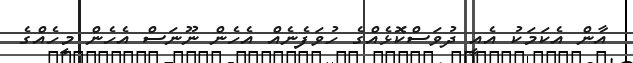
އާން އެކަމަކު އެއީ ދުވަސްކޮޅެއްގެ ހުވަފެނެއް އެހެން ނޫނަސް އެހެން މީހެއްގެ